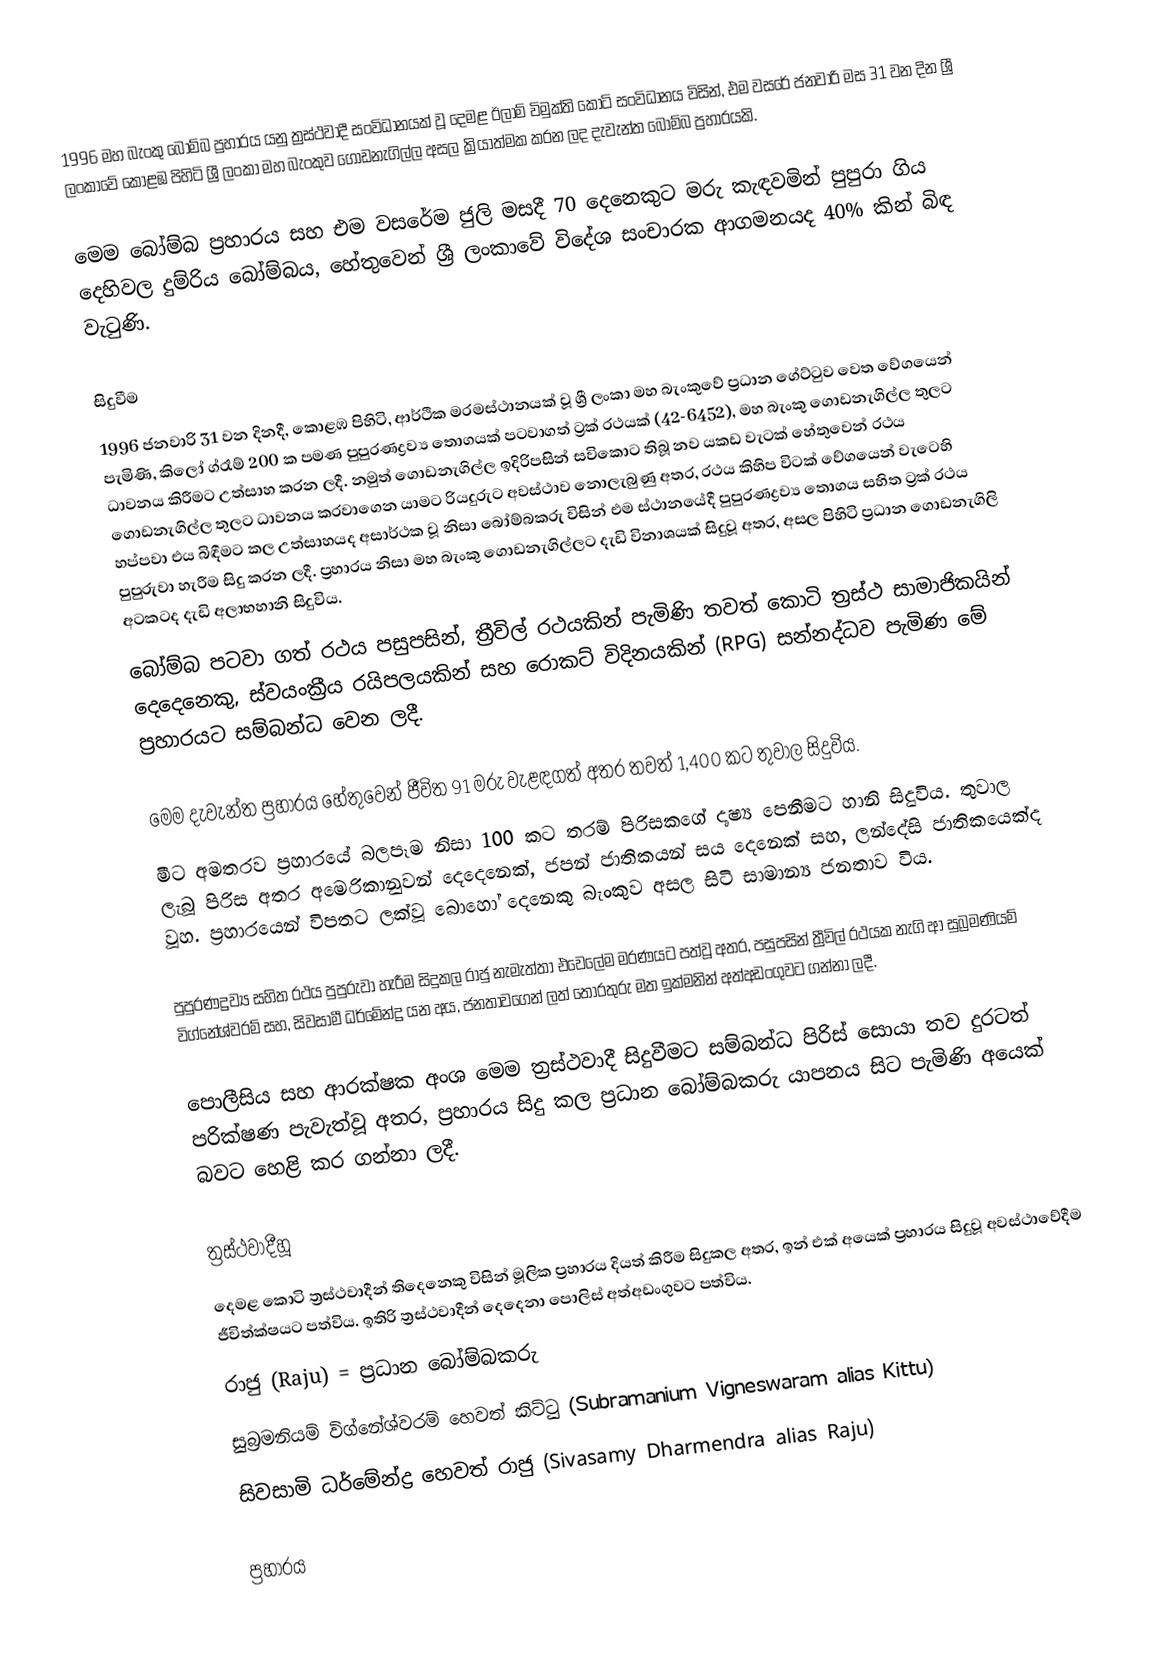
1996 මහ බැංකු බෝම්බ ප්‍රහාරය යනු ත්‍රස්ථවාදී සංවිධානයක් වූ දෙමළ ඊලාම් විමුක්ති කොටි සංවිධානය විසින්, එම වසරේ ජනවාරි මස 31 වන දින ශ්‍රී ලංකාවේ කොළඹ පිහිටි ශ්‍රී ලංකා මහ බැංකුව ගොඩනැගිල්ල අසල ක්‍රියාත්මක කරන ලද දැවැන්ත බෝම්බ ප්‍රහාරයකි.

මෙම බෝම්බ ප්‍රහාරය සහ එම වසරේම ජුලි මසදී 70 දෙනෙකුට මරු කැඳවමින් පුපුරා ගිය දෙහිවල දුම්රිය බෝම්බය, හේතුවෙන් ශ්‍රී ලංකාවේ විදේශ සංචාරක ආගමනයද 40% කින් බිඳ වැටුණි.

සිදුවීම
1996 ජනවාරි 31 වන දිනදී, කොළඹ පිහිටි, ආර්ථික මරමස්ථානයක් වූ ශ්‍රී ලංකා මහ බැංකුවේ ප්‍රධාන ගේට්ටුව වෙත වේගයෙන් පැමිණි, කිලෝ ග්රෑම් 200 ක පමණ පුපුරණද්‍රව්‍ය තොගයක් පටවාගත් ට්‍රක් රථයක් (42-6452), මහ බැංකු ගොඩනැගිල්ල තුලට ධාවනය කිරීමට උත්සාහ කරන ලදී. නමුත් ගොඩනැගිල්ල ඉදිරිපසින් සවිකොට තිබූ නව යකඩ වැටක් හේතුවෙන් රථය ගොඩනැගිල්ල තුලට ධාවනය කරවාගෙන යාමට රියදුරුට අවස්ථාව නොලැබුණු අතර, රථය කිහිප විටක් වේගයෙන් වැටෙහි හප්පවා එය බිඳීමට කල උත්සාහයද අසාර්ථක වූ නිසා බෝම්බකරු විසින් එම ස්ථානයේදී පුපුරණද්‍රව්‍ය තොගය සහිත ට්‍රක් රථය පුපුරුවා හැරීම සිදු කරන ලදී. ප්‍රහාරය නිසා මහ බැංකු ගොඩනැගිල්ලට දැඩි විනාශයක් සිදුවූ අතර, අසල පිහිටි ප්‍රධාන ගොඩනැගිලි අටකටද දැඩි අලාභහානි සිදුවිය.
බෝම්බ පටවා ගත් රථය පසුපසින්, ත්‍රීවිල් රථයකින් පැමිණි තවත් කොටි ත්‍රස්ථ සාමාජිකයින් දෙදෙනෙකු, ස්වයංක්‍රීය රයිපලයකින් සහ රොකට් විදිනයකින් (RPG) සන්නද්ධව පැමිණ මේ ප්‍රහාරයට සම්බන්ධ වෙන ලදී.

මෙම දැවැන්ත ප්‍රහාරය හේතුවෙන් ජීවිත 91 මරු වැළඳගත් අතර තවත් 1,400 කට තුවාල සිදුවිය.
මීට අමතරව ප්‍රහාරයේ බලපෑම නිසා 100 කට තරම් පිරිසකගේ දෘෂ්‍ය පෙනීමට හානි සිදුවිය. තුවාල ලැබූ පිරිස අතර අමෙරිකානුවන් දෙදෙනෙක්, ජපන් ජාතිකයන් සය දෙනෙක් සහ, ලන්දේසි ජාතිකයෙක්ද වූහ. ප්‍රහාරයෙන් විපතට ලක්වූ බොහෝ දෙනෙකු බැංකුව අසල සිටි සාමාන්‍ය ජනතාව විය.

පුපුරණද්‍රව්‍ය සහිත රථය පුපුරුවා හැරීම සිදුකල රාජු නැමැත්තා එවෙලේම මරණයට පත්වූ අතර, පසුපසින් ත්‍රීවිල් රථයක නැගි ආ සුබ්‍රමණියම් විග්නේශ්වරම් සහ, සිවසාමී ධර්මේන්ද්‍ර යන අය, ජනතාවගෙන් ලත් තොරතුරු මත ඉක්මනින් අත්අඩංගුවට ගන්නා ලදී.

පොලීසිය සහ ආරක්ෂක අංශ මෙම ත්‍රස්ථවාදී සිදුවීමට සම්බන්ධ පිරිස් සොයා තව දුරටත් පරික්ෂණ පැවැත්වූ අතර, ප්‍රහාරය සිදු කල ප්‍රධාන බෝම්බකරු යාපනය සිට පැමිණි අයෙක් බවට හෙළි කර ගන්නා ලදී.

ත්‍රස්ථවාදීහූ
දෙමළ කොටි ත්‍රස්ථවාදීන් තිදෙනෙකු විසින් මූලික ප්‍රහාරය දියත් කිරීම සිදුකල අතර, ඉන් එක් අයෙක් ප්‍රහාරය සිදුවූ අවස්ථාවේදීම ජීවිත්ක්ෂයට පත්විය. ඉතිරි ත්‍රස්ථවාදීන් දෙදෙනා පොලිස් අත්අඩංගුවට පත්විය.
රාජු (Raju) = ප්‍රධාන බෝම්බකරු
සුබ්‍රමනියම් විග්නේශ්වරම් හෙවත් කිට්ටු (Subramanium Vigneswaram alias Kittu)
සිවසාමි ධර්මේන්ද්‍ර හෙවත් රාජු (Sivasamy Dharmendra alias Raju)

ප්‍රහාරය